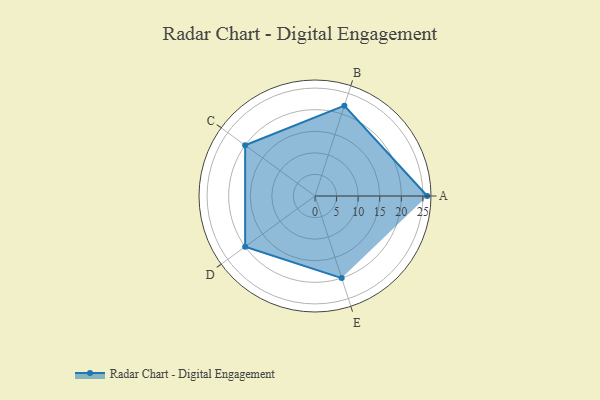
{"axis": {"x": "Skill", "y": "Score"}, "legend": ["Profile"], "data": [{"x": "A", "y": 26.0, "type": "Profile"}, {"x": "B", "y": 22.0, "type": "Profile"}, {"x": "C", "y": 20.0, "type": "Profile"}, {"x": "D", "y": 20, "type": "Profile"}, {"x": "E", "y": 20, "type": "Profile"}]}